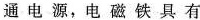
通电源，电磁铁具有